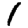
Digit: 1